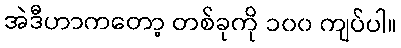
အဲဒီဟာကတော့ တစ်ခုကို ၁၀၀ ကျပ်ပါ။